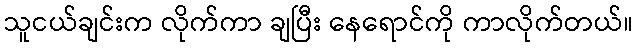
သူငယ်ချင်းက လိုက်ကာ ချပြီး နေရောင်ကို ကာလိုက်တယ်။